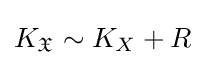
K_{\mathfrak {X}}\sim K_{X}+R